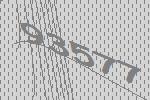
93577